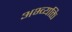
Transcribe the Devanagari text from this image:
अभ्व्यक्ति